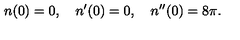
n ( 0 ) = 0 , \quad n ^ { \prime } ( 0 ) = 0 , \quad n ^ { \prime \prime } ( 0 ) = 8 \pi .